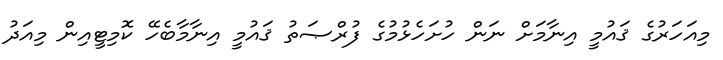
މިއަހަރުގެ ޤައުމީ އިނާމަށް ނަން ހުށަހެޅުމުގެ ފުރްޞަތު ޤައުމީ އިނާމާބެހޭ ކޮމިޓީއިން މިއަދު